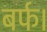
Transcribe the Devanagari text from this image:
बर्फ।